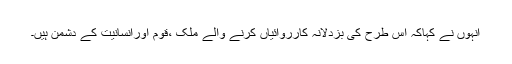
انہوں نے کہاکہ اس طرح کی بزدلانہ کارروائیاں کرنے والے ملک ،قوم اورانسانیت کے دشمن ہیں۔